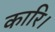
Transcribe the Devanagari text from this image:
कारि।